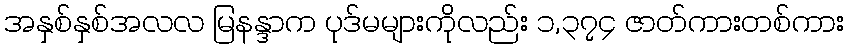
အနှစ်နှစ်အလလ မြနန္ဒာက ပုဒ်မများကိုလည်း ၁,၃၇၄ ဇာတ်ကားတစ်ကား